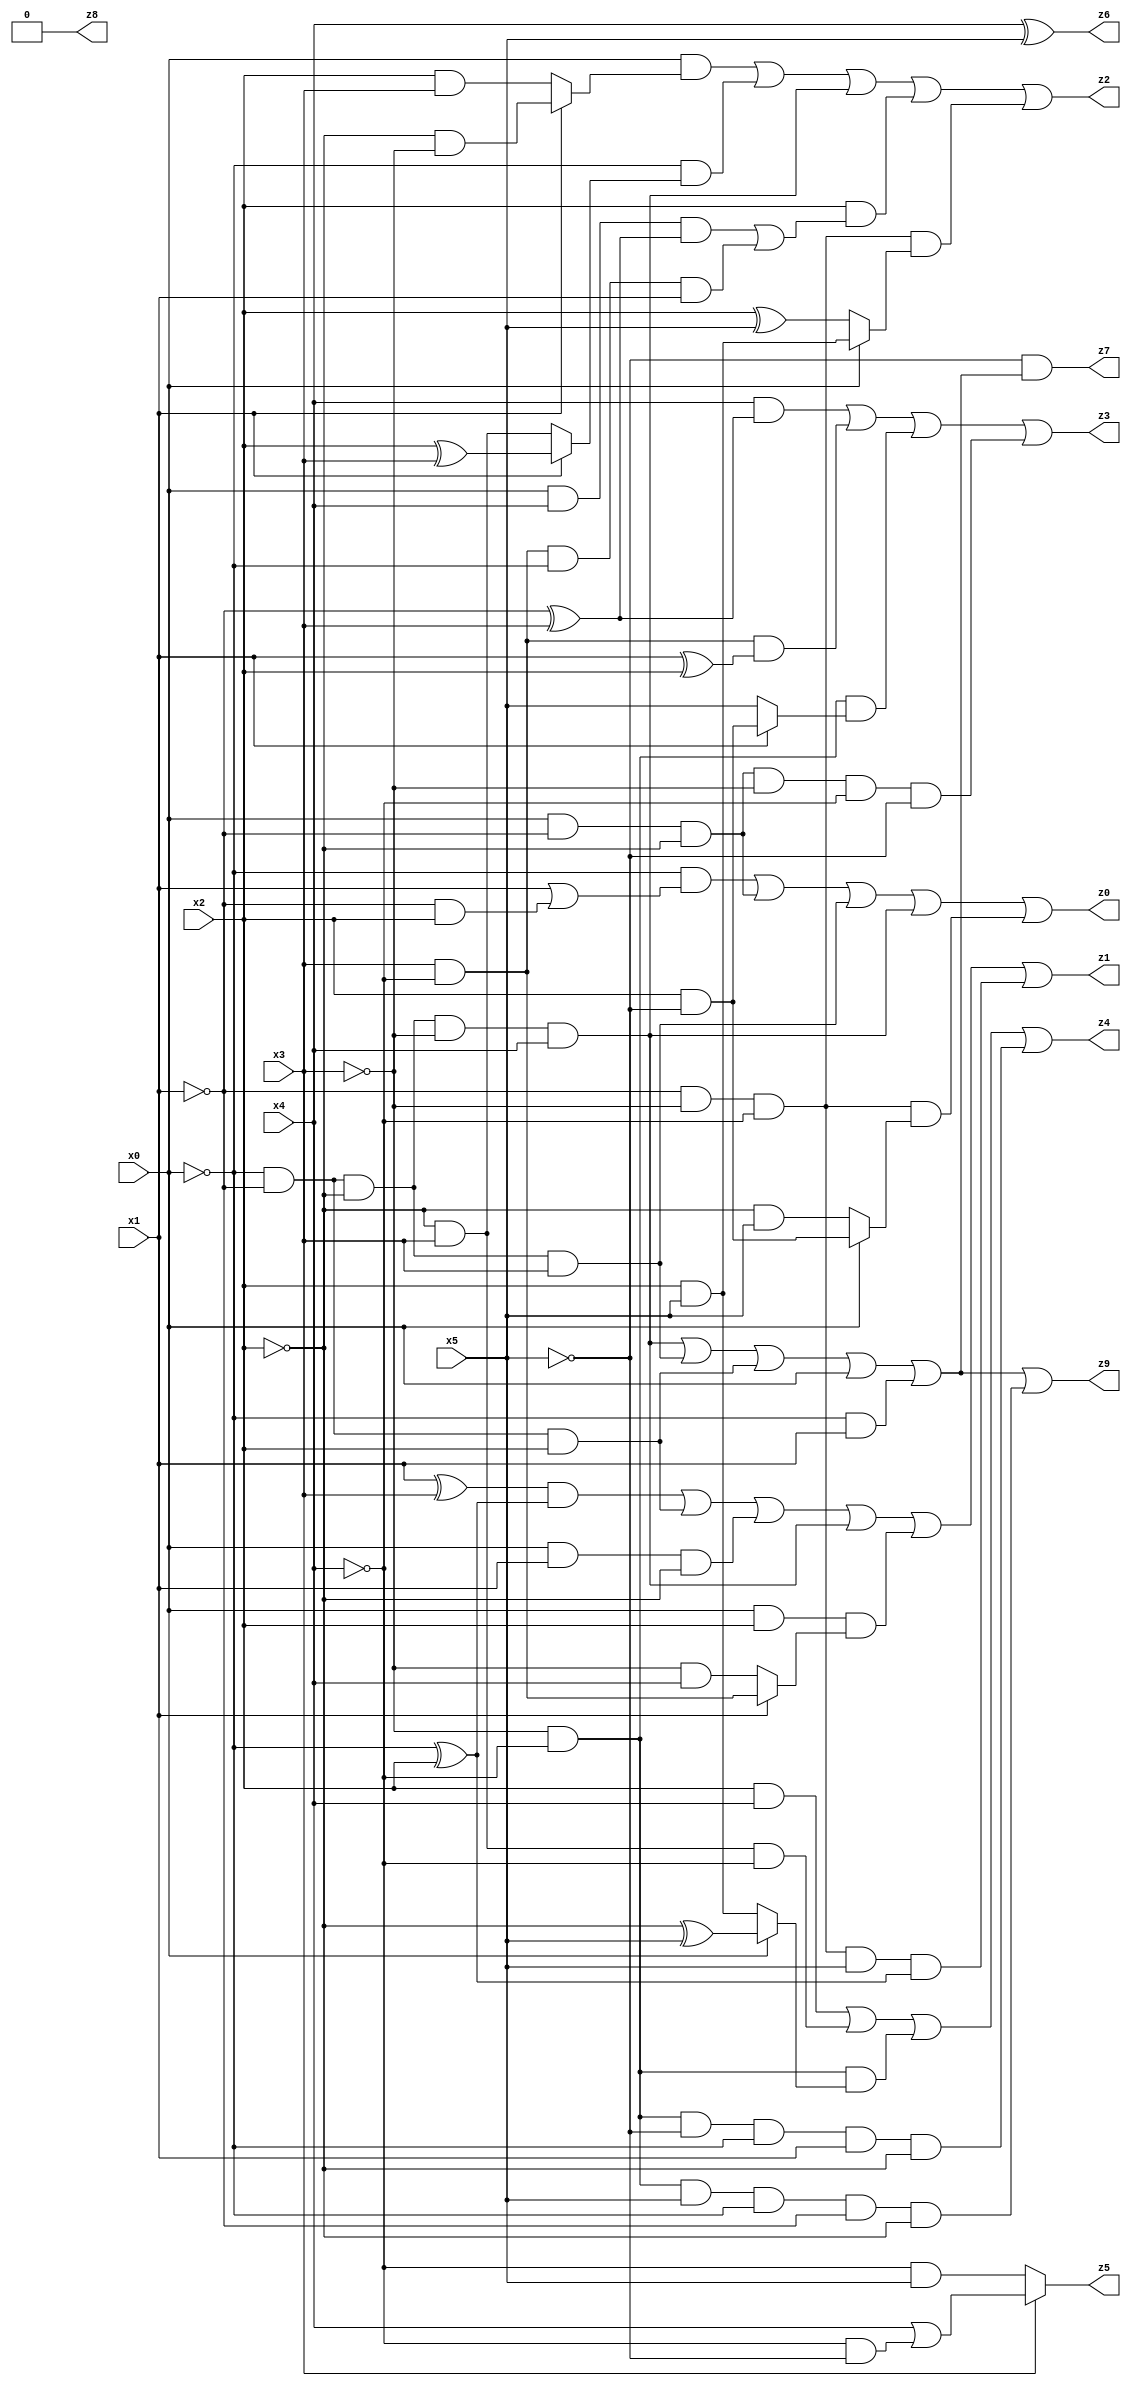
// Benchmark "X_48" written by ABC on Mon Jun 05 19:34:57 2023

module X_48 ( 
    x0, x1, x2, x3, x4, x5,
    z0, z1, z2, z3, z4, z5, z6, z7, z8, z9  );
  input  x0, x1, x2, x3, x4, x5;
  output z0, z1, z2, z3, z4, z5, z6, z7, z8, z9;
  assign z0 = (~x0 & (x1 | (~x1 & x2))) | (x0 & ~x1 & ~x2) | (~x0 & ~x1 & ~x2 & x3) | (~x0 & ~x1 & ~x2 & ~x3 & x4) | (~x1 & ~x3 & ~x4 & (x0 ? (x2 & ~x5) : (~x2 & x5)));
  assign z1 = ((x1 ^ x3) & (~x0 ^ x2)) | (~x0 & ~x1 & x2) | (x0 & x1 & ~x2) | (~x0 & ~x1 & ~x2 & ~x3 & x4) | (x0 & x2 & (x1 ? (x3 & ~x4) : (~x3 & x4))) | (~x1 & ~x3 & ~x4 & x5 & (~x0 ^ x2));
  assign z2 = (x0 & (x1 ? (~x2 & ~x3) : (x2 & x3))) | (~x0 & (x1 ? (x2 ^ x3) : (~x2 & x3))) | (~x0 & ~x1 & ~x2 & ~x3 & x4) | (x2 & ((x0 & x4 & (~x1 ^ x3)) | (x3 & ~x4 & ~x0 & x1))) | (~x1 & ~x3 & ~x4 & (x0 ? (x2 & x5) : (x2 ^ x5)));
  assign z3 = (x4 & (~x1 ^ x3)) | (x3 & ~x4 & (x1 ^ x2)) | (~x3 & ~x4 & (x1 ? (x2 & ~x5) : x5)) | (x0 & ~x1 & ~x2 & ~x3 & ~x4 & ~x5);
  assign z4 = (x2 & x4) | (~x2 & x3 & ~x4) | (~x3 & ~x4 & (x0 ? (~x2 ^ x5) : (x2 & x5))) | (~x3 & ~x4 & ~x5 & ~x0 & x1 & ~x2);
  assign z5 = x3 ? (x4 | (~x4 & ~x5)) : (~x4 & x5);
  assign z6 = x4 ^ x5;
  assign z7 = ~x5 & ((~x0 & ~x1 & ~x2 & ~x3 & x4) | (~x0 & ~x1 & ~x2 & x3) | (~x0 & ~x1 & x2) | x0 | (~x0 & x1));
  assign z8 = 1'b0;
  assign z9 = (~x0 & ~x1 & ~x2 & ~x3 & x4) | (~x0 & ~x1 & ~x2 & x3) | (~x0 & ~x1 & x2) | x0 | (~x0 & x1) | (~x3 & ~x4 & x5 & ~x0 & ~x1 & ~x2);
endmodule